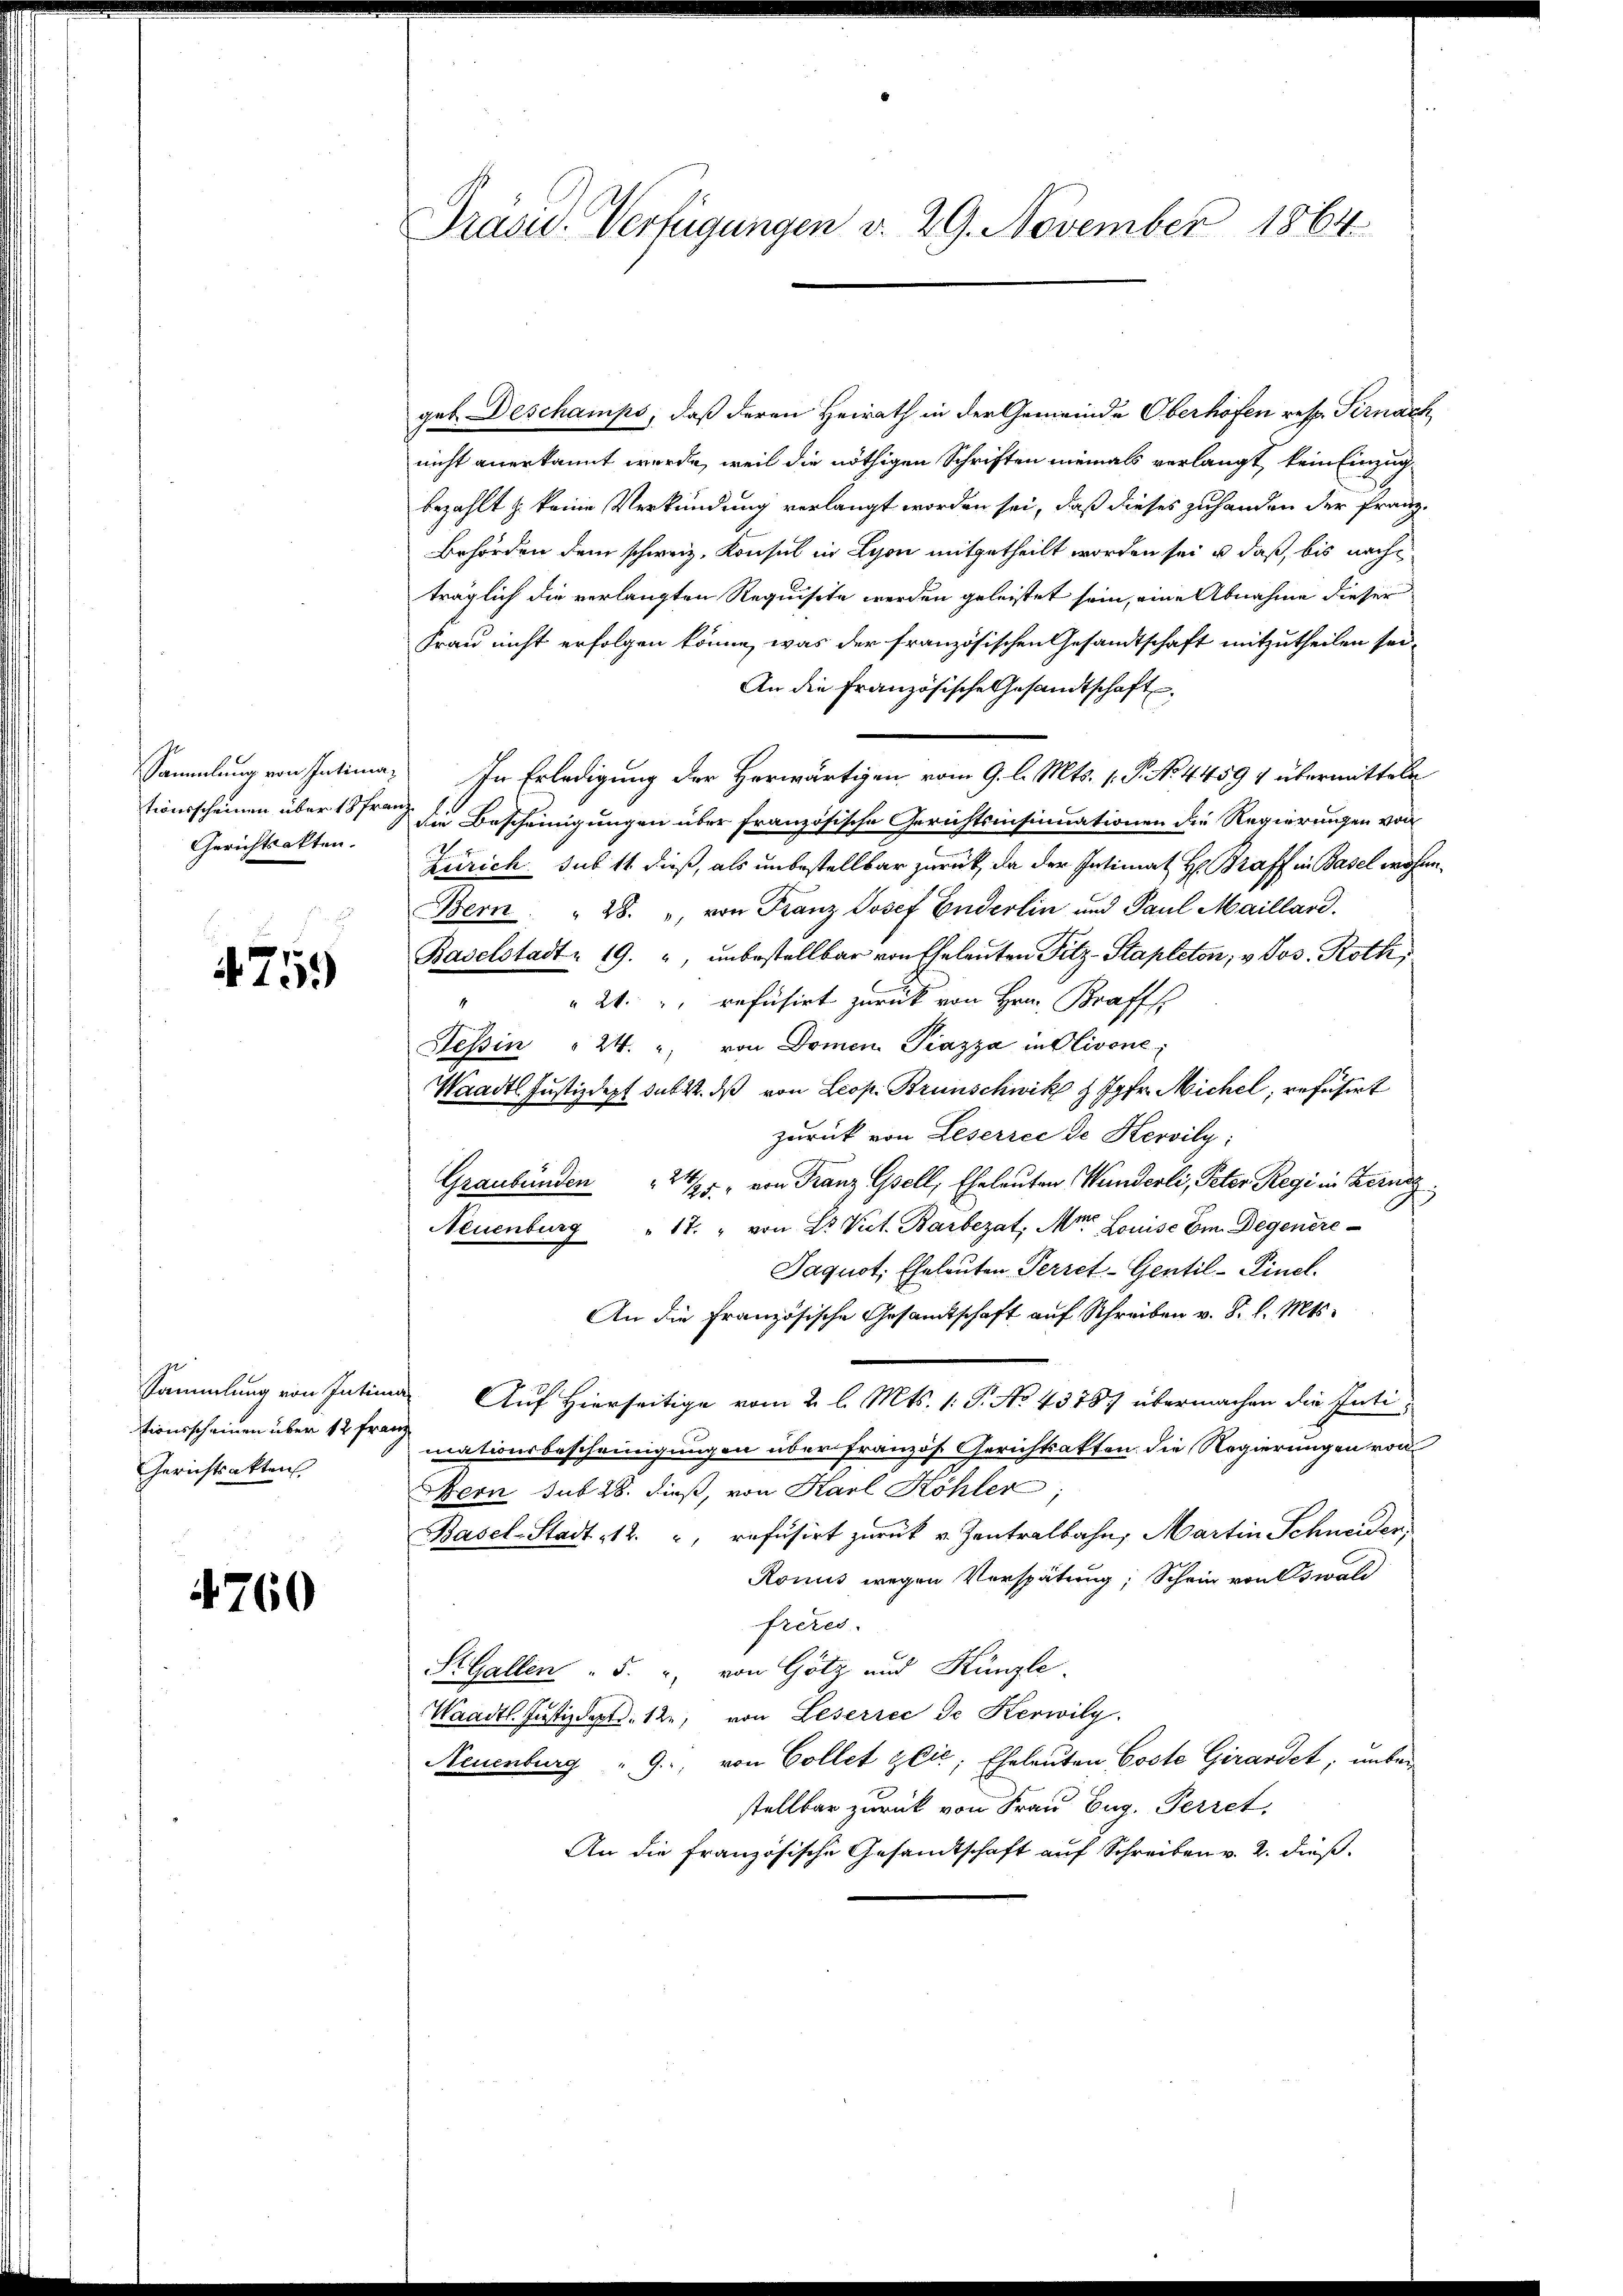
tionsscheinen über 18 Fra¬
Gerichtsakten.

4759

Sammlung von Intim
tionsscheinen über 12 Fra
Gerichtsakten

4760

Präsid. Verfügungen v. 29. November 1864

geb. Deschamps, daß deren Heirath in der Gemeinde Oberhöfen resp. Fernach
nicht anerkannt werde, weil die nöthigen Schriften niemals verlangt, kein Einzug
bezahlt & keine Verkündung verlangt worden sei, daß dieses zuhanden der Franz¬
Behörden dem schweiz. Konsul in Lyon mitgetheilt worden sei, u. daß, bis nach
träglich die verlangten Requisite werden geleistet sein, eine Abnahme dieser
Frau nicht erfolgen könne, was der französischen Gesandtschaft mitzutheilen sei
An die Französische Gesandtschaft
Sammlung von Intima. In Erledigung der Herwärtigen vom 9. l. Mts. 1. P. No. 44594 übermitteln
ehdie Bescheinigungen über französische Gerichtsinsinuationen die Regierungen von
Zürich sub 11 dieß, als unbestellbar zurück, da der Intimat H: Braff in Basel wohne¬
Bern. " 28. " von Franz Josef Enderlin und Paul Maillard.
Baselstadt 19. ", unbestellbar von Eheleuten Fitz-Stapleton, v. Jos. Roth,
" " 24. " refusirt zurück von Hrn. Braffs
Tessin " 24. " von Domen Piazza in Olivone;
Waadt Justizdept das 22. dβ von Leop. Brunschwik & Jgfr. Michel, refusirt
zurück von Leserree de Hervily:
Graubünden 2 1/3 von Franz Gsell, Eheleuten Wunderli, Peter Regi in Kerne
Neuenburg " 17. " von Dr. Vict. Barbezat Mr. Louise Em. Degenere
Jaquot, Eheleuten Perret-Gentil-Pincl.
An die Französische Gesandtschaft auf Schreiben v. 8. d. Mts.
a Auf Hierseitige vom 2. l. Mts. 1. P. No 43787 übermachen die Inti-
a
mationsbescheinigungen überfranzös. Gerichtsakten die Regierungen von
Bern sub 28. dieß, von Karl Köhler;
Basel-Stadt 12. " refusirt zurück v. Zentralbahn, Martin Schneiden,
Ronus wegen Verspätung; Schein von Oswald
freres.
StGallen 5. u von Götz und Künzle
Waadt Justizdept. 12, von Leserrec de Kerwily
Neuenburg " 9., von Collet zeić; Eheleuten Coste Girardet, unbeistellbar zurück von Frau Eug. Perret,
An die französische Gesandtschaft auf Schreiben v. 2. dieß.